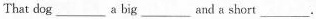
That dog____a big___and a short___